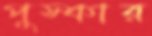
পুস্কার